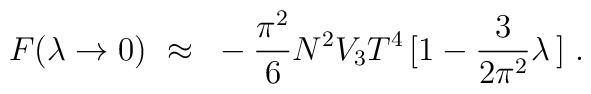
{}F(\lambda\to 0 )~\approx~ -\frac{\pi^2}{6}N^2V_3T^4\,[1-\frac{3}{2\pi^2}\lambda\, ]\ .